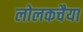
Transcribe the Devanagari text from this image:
लोलकचैया